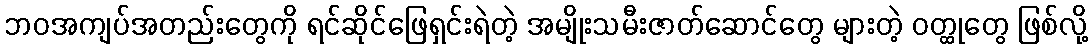
ဘဝအကျပ်အတည်းတွေကို ရင်ဆိုင်ဖြေရှင်းရဲတဲ့ အမျိုးသမီးဇာတ်ဆောင်တွေ များတဲ့ ဝတ္ထုတွေ ဖြစ်လို့